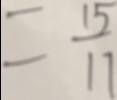
= \frac { 1 5 } { 1 7 }